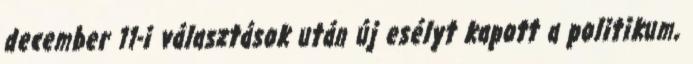
december 11-i választások után új esélyt kapott a politikum,